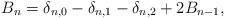
\begin{align*}B_n=\delta_{n,0}-\delta_{n,1}-\delta_{n,2}+2B_{n-1},\end{align*}